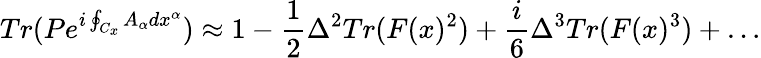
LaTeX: Tr(Pe^{i\oint_{C_{x}}A_{\alpha}dx^{\alpha}})\approx 1-{\frac{1}{2}}\Delta^{2}Tr(F(x)^{2})+{\frac{i}{6}}\Delta^{3}Tr(F(x)^{3})+\dots